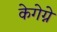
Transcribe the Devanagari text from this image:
केगेग्ने